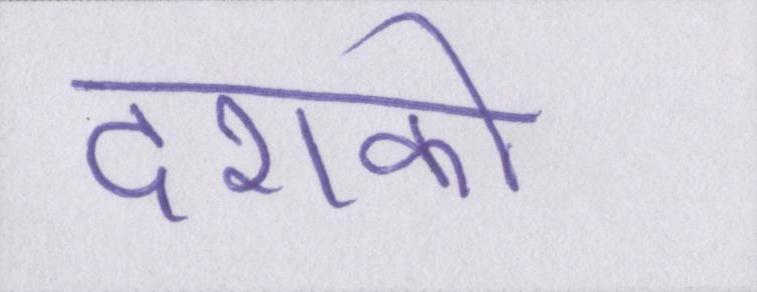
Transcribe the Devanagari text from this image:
दशको